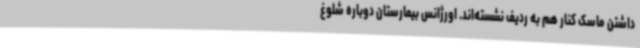
داشتن ماسک کنار هم به ردیف نشسته‌اند. اورژانس بیمارستان دوباره شلوغ